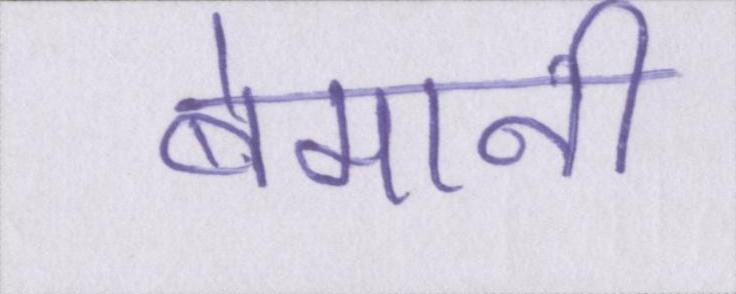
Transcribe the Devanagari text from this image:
बेमानी